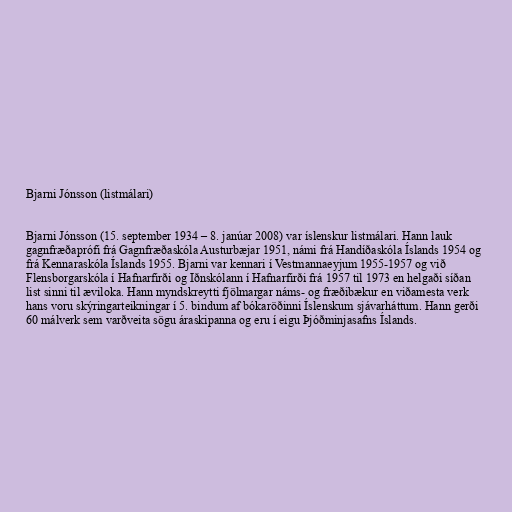
Bjarni Jónsson (listmálari)

Bjarni Jónsson (15. september 1934 – 8. janúar 2008) var íslenskur listmálari. Hann lauk
gagnfræðaprófi frá Gagnfræðaskóla Austurbæjar 1951, námi frá Handíðaskóla Íslands 1954 og
frá Kennaraskóla Íslands 1955. Bjarni var kennari í Vestmannaeyjum 1955-1957 og við
Flensborgarskóla í Hafnarfirði og Iðnskólann í Hafnarfirði frá 1957 til 1973 en helgaði síðan
list sinni til æviloka. Hann myndskreytti fjölmargar náms- og fræðibækur en viðamesta verk
hans voru skýringarteikningar í 5. bindum af bókaröðinni Íslenskum sjávarháttum. Hann gerði
60 málverk sem varðveita sögu áraskipanna og eru í eigu Þjóðminjasafns Íslands.